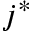
j ^ { * }